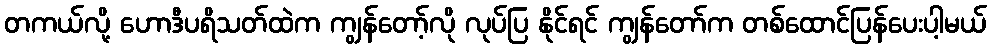
တကယ်လို့ ဟောဒီပရိသတ်ထဲက ကျွန်တော့်လို လုပ်ပြ နိုင်ရင် ကျွန်တော်က တစ်ထောင်ပြန်ပေးပါ့မယ်